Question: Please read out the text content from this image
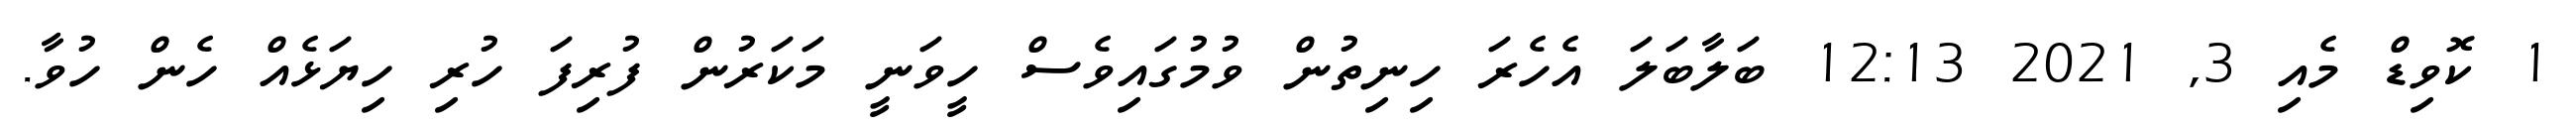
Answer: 1 ކޮވިޑް މެއި 3, 2021 12:13 ބަލާބަލަ އެހެރަ ހިނިތުން ވުމުގައިވެސް ހީވަނީ މަކަރުން ފުރިފަ ހުރި ހިޔަޅެއް ހެން ހުވާ.